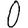
Digit: 0